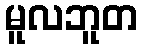
မူလဘူတ